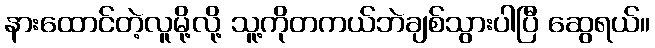
နားထောင်တဲ့လူမို့လို့ သူ့ကိုတကယ်ဘဲချစ်သွားပါပြီ ဆွေရယ်။